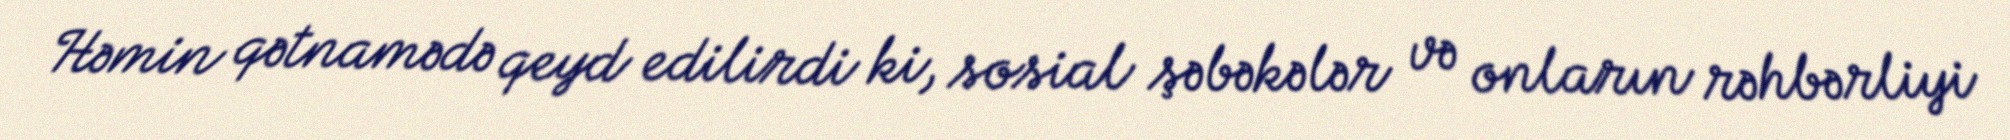
Həmin qətnamədə qeyd edilirdi ki, sosial şəbəkələr və onların rəhbərliyi